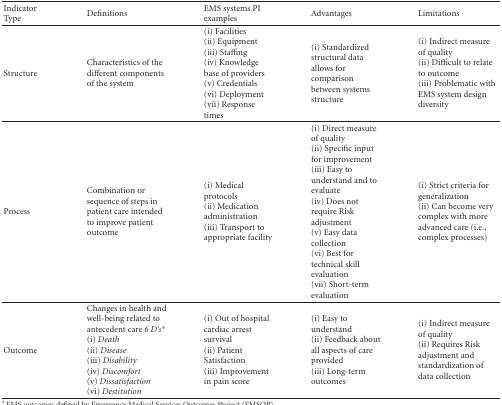
<table><thead><tr><td><b>Indicator Type</b></td><td><b>Definitions</b></td><td><b>EMS systems PI examples</b></td><td><b>Advantages</b></td><td><b>Limitations</b></td></tr></thead><tbody><tr><td>Structure</td><td>Characteristics of the different components of the system</td><td>(i) Facilities (ii) Equipment (iii) Staffing (iv) Knowledge base of providers (v) Credentials (vi) Deployment (vii) Response times</td><td>(i) Standardized structural data allows for comparison between systems structure</td><td>(i) Indirect measure of quality (ii) Difficult to relate to outcome (iii) Problematic with EMS system design diversity</td></tr><tr><td>Process</td><td>Combination or sequence of steps in patient care intended to improve patient outcome</td><td>(i) Medical protocols (ii) Medication administration (iii) Transport to appropriate facility</td><td>(i) Direct measure of quality (ii) Specific input for improvement (iii) Easy to understand and to evaluate (iv) Does not require Risk adjustment (v) Easy data collection (vi) Best for technical skill evaluation (vii) Short-term evaluation</td><td>(i) Strict criteria for generalization (ii) Can become very complex with more advanced care (i.e., complex processes)</td></tr><tr><td>Outcome</td><td>Changes in health and well-being related to antecedent care <i>6 D&#x27;s*</i>(i) <i>Death </i>(ii)<i> Disease </i>(iii)<i> Disability </i>(iv)<i> Discomfort </i>(v)<i> Dissatisfaction </i>(vi) <i>Destitution </i></td><td>(i) Out of hospital cardiac arrest survival (ii) Patient Satisfaction (iii) Improvement in pain score</td><td>(i) Easy to understand (ii) Feedback about all aspects of care provided (iii) Long-term outcomes</td><td>(i) Indirect measure of quality (ii) Requires Risk adjustment and standardization of data collection</td></tr></tbody></table>